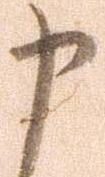
申